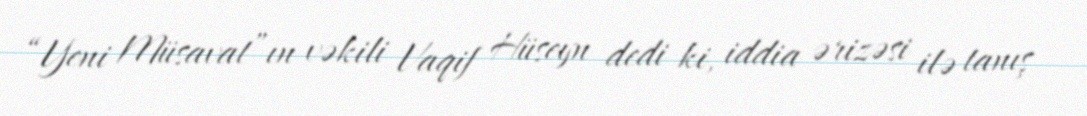
“Yeni Müsavat”ın vəkili Vaqif Hüseyn dedi ki, iddia ərizəsi ilə tanış